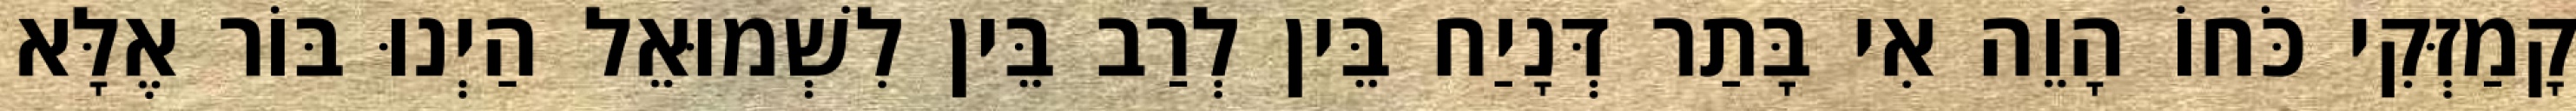
קָמַזְּקִי כֹּחוֹ הָוֵה אִי בָּתַר דְּנָיַח בֵּין לְרַב בֵּין לִשְׁמוּאֵל הַיְנוּ בּוֹר אֶלָּא